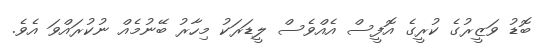
ބޮޑު ވަޒީރުގެ ކުރީގެ އޮފީސް އެއްވެސް ލީޑަރަކު މިހާރު ބޭނުމެއް ނުކުރައްވަ އެވެ.